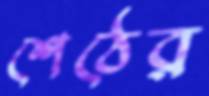
শেঠের